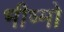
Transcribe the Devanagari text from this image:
भीष्मो